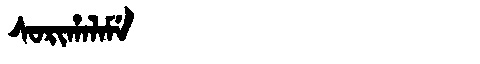
Manchu: ᠰᠣᡵᡳᡥᠠᠯᠠᠮᡝ
Romanization: SORIHALAME